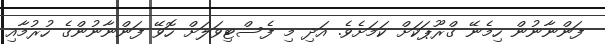
ފަންނާނުން ހިމެނޭ ގްރޫޕަކަށް ކަމަށެވެ. އަދި މި ފެސްޓިވަލަށް ހޮވޭ ފަންނާނުންގެ ހުރުމާއި